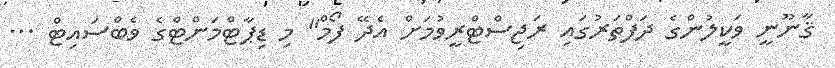
ޤާނޫނީ ވަކީލުންގެ ދަފްތަރުގައި ރަޖިސްޓްރީވުމަށް އެދޭ ފޯމް" މި ޑިޕާޓްމަންޓްގެ ވެބްސައިޓް ...